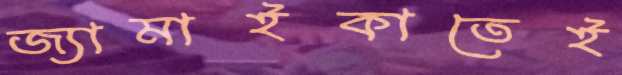
জ্যামাইকাতেই